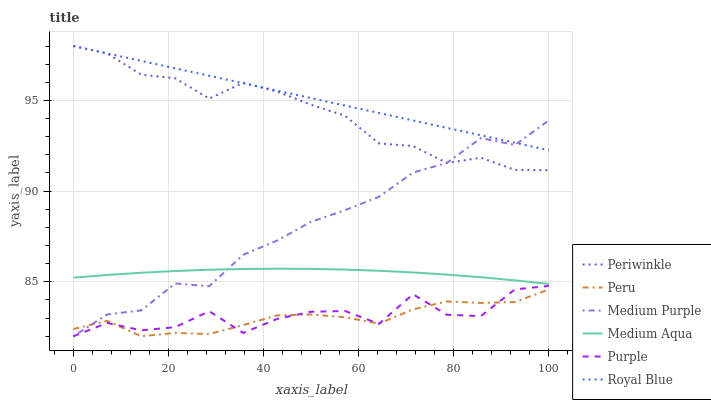
| xaxis_label | Periwinkle | Peru | Medium Purple | Medium Aqua | Purple | Royal Blue |
 | --- | --- | --- | --- | --- | --- | --- |
 | 0 | 98 | 82.4 | 82 | 85.2 | 82 | 98 |
 | 7.14 | 97.6 | 82.9 | 83.2 | 85.4 | 82.7 | 97.6 |
 | 14.3 | 96.4 | 82 | 83.4 | 85.5 | 82.3 | 97.2 |
 | 21.4 | 96.2 | 82.2 | 84.9 | 85.6 | 82.5 | 96.8 |
 | 28.6 | 95.1 | 82.1 | 84.8 | 85.7 | 83.4 | 96.4 |
 | 35.7 | 96 | 82.6 | 86.5 | 85.7 | 82.2 | 95.9 |
 | 42.9 | 95.5 | 83.2 | 87.3 | 85.7 | 83 | 95.5 |
 | 50 | 94.8 | 83.2 | 88.3 | 85.7 | 83.4 | 95.1 |
 | 57.1 | 94.2 | 83 | 89 | 85.7 | 83.4 | 94.7 |
 | 64.3 | 92.6 | 82.7 | 89.7 | 85.6 | 82.7 | 94.3 |
 | 71.4 | 92.5 | 83.5 | 91 | 85.5 | 84.3 | 93.9 |
 | 78.6 | 91.6 | 83.9 | 91.6 | 85.4 | 83.2 | 93.5 |
 | 85.7 | 91.8 | 83.8 | 92.9 | 85.3 | 83.1 | 93.1 |
 | 92.9 | 91.2 | 83.9 | 92.5 | 85.1 | 84.6 | 92.7 |
 | 100 | 91.2 | 84.6 | 93.9 | 84.9 | 84.8 | 92.3 |